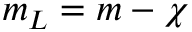
m _ { L } = m - \chi